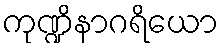
ကုဏ္ဍိနာဂရိယော